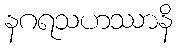
နဂရသဟဿာနိ